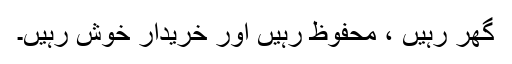
گھر رہیں ، محفوظ رہیں اور خریدار خوش رہیں۔